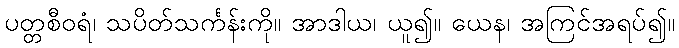
ပတ္တစီဝရံ၊ သပိတ်သင်္ကန်းကို။ အာဒါယ၊ ယူ၍။ ယေန၊ အကြင်အရပ်၍။